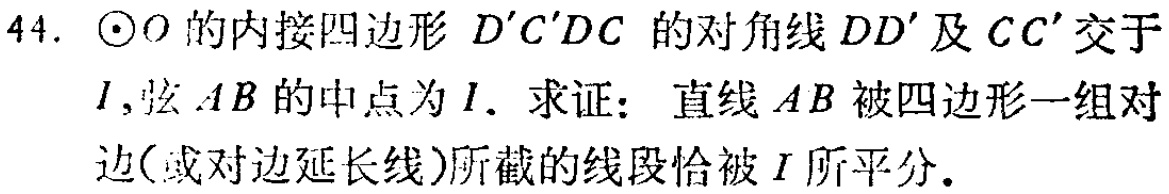
44. $\odot O$的内接四边形$D^{\prime}C^{\prime}DC$的对角线$DD^{\prime}$及$CC^{\prime}$交于$I$,弦$AB$的中点为$I$. 求证：直线$AB$被四边形一组对边(或对边延长线)所截的线段恰被$I$所平分.